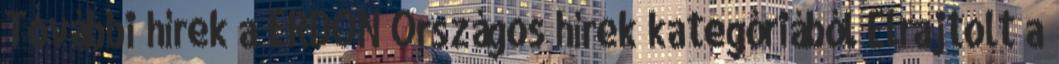
További hírek a ERDON Országos hírek kategóriából Elrajtolt a